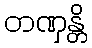
တဏှန္တိ